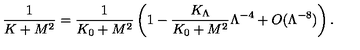
\frac { 1 } { K + M ^ { 2 } } = \frac { 1 } { K _ { 0 } + M ^ { 2 } } \left( 1 - \frac { K _ { \Lambda } } { K _ { 0 } + M ^ { 2 } } \Lambda ^ { - 4 } + O ( \Lambda ^ { - 8 } ) \right) .